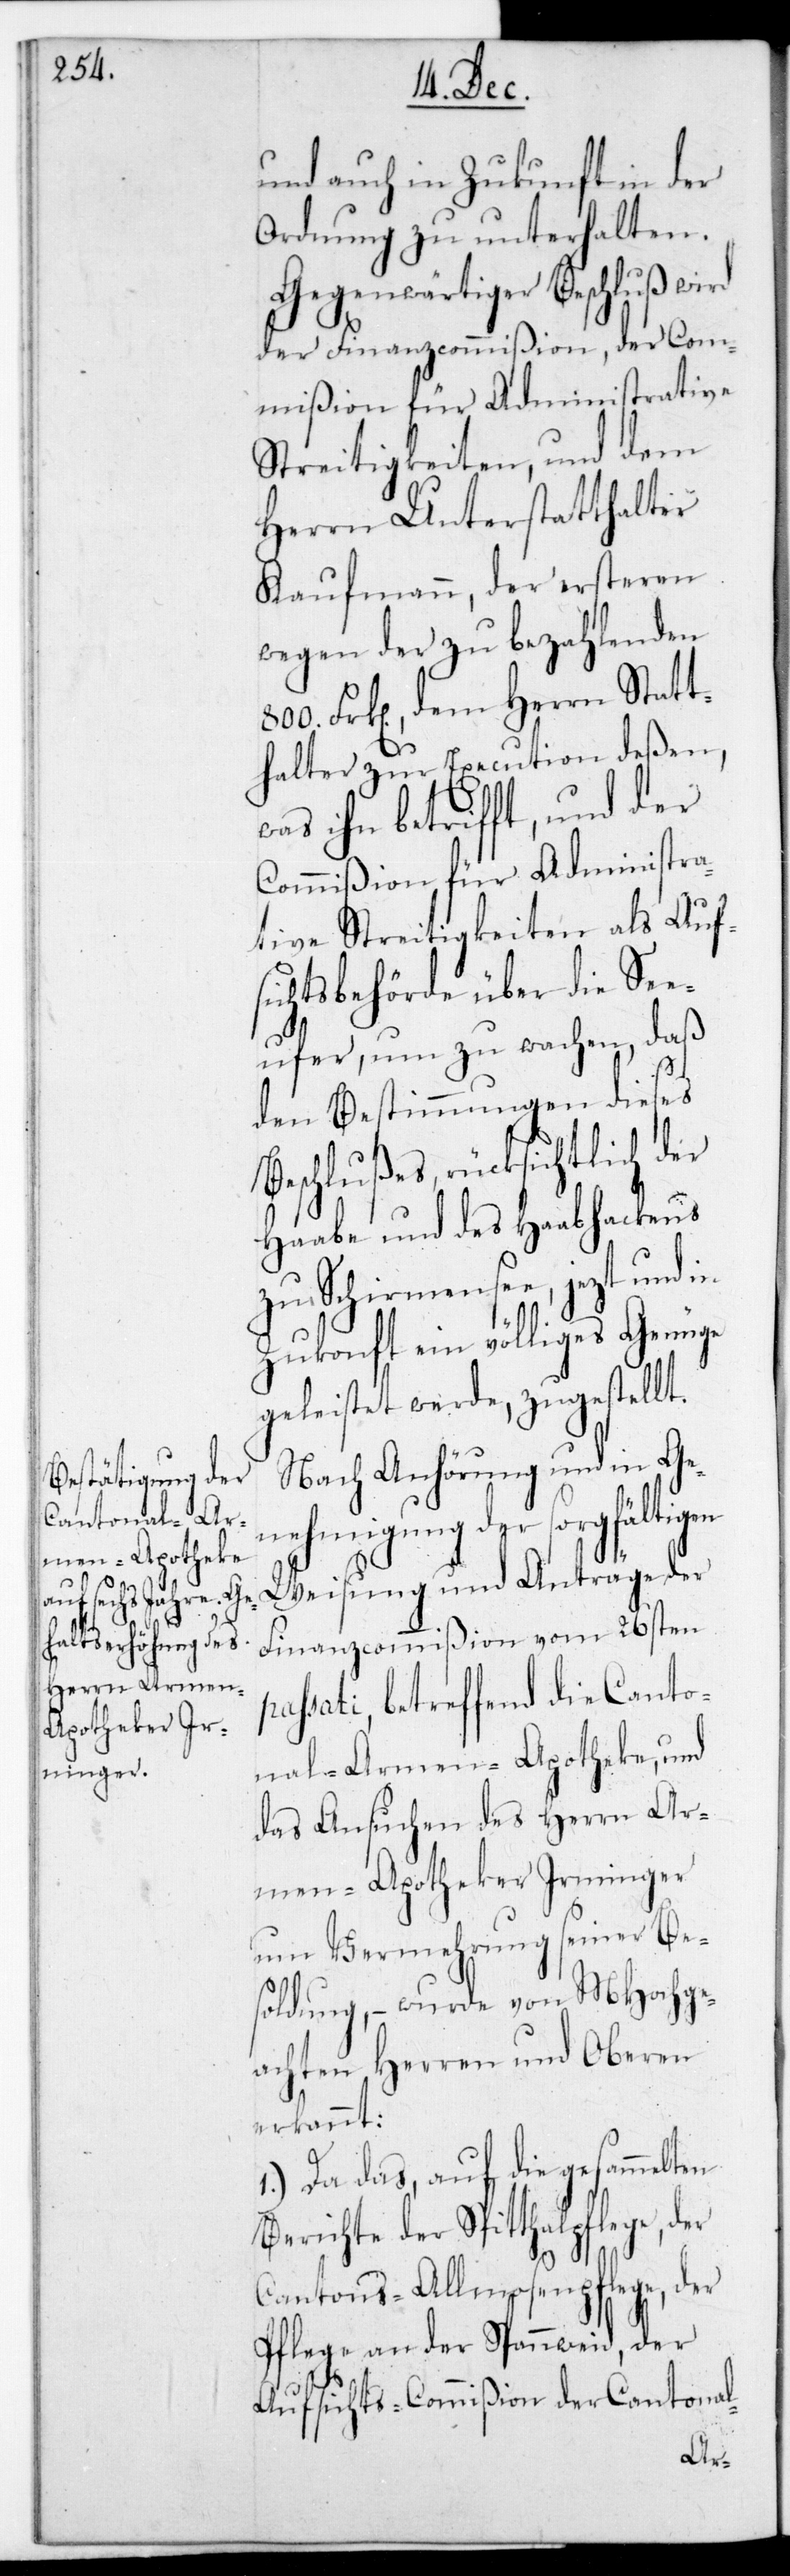
und auch in Zukunft in der
Ordnung zu unterhalten.
Gegenwärtiger Beschluß
der Finanzcommißion, der Com¬
mißion für administrative
Streitigkeiten und dem
Herrn Unterstatthalter
Kaufmann, der ersteren
wegen der zu bezahlenden
Frk[en], dem Herrn Statt¬
halter zur Execution deßen,
was ihn betrifft, und der
Commißion für Administra¬
tive Streitigkeiten als Auf¬
sichtsbehörde über die See¬
ufer, um zu wachen, daß
den Bestimmungen dieses
Beschlußes, rücksichtlich der
Haabe und des Haabhackens
zu Schirmensee, jetzt und
Zukonft ein völliges Genüge
geleistet werde, zugestellt.
Nach Anhörung und in Ge¬
nehmigung der sorgfältigen
Weisung und Anträge der
Finanzcommißion vom 26sten
passati, betreffend die Canto¬
nal-Armen-Apotheke, und
das Ansuchen des Herrn Ar¬
men-Apotheker Irminger
um Vermehrung seiner Be¬
soldung, – wurde von MHochge¬
achten HHerren und Oberen
erkannt:
1.) Da das, auf die gesammelten
Berichte der Spitalpflege, der
Cantons-Allmosenpflege, der
Pflege an der Spannweid, der
Aufsichts-Commißion der Cantonal—